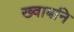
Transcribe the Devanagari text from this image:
ख्वाबनि